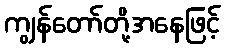
ကျွန်တော်တို့အနေဖြင့်